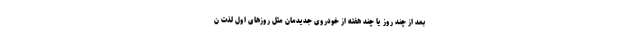
بعد از چند روز یا چند هفته از خودروی جدیدمان مثل روزهای اول لذت ن